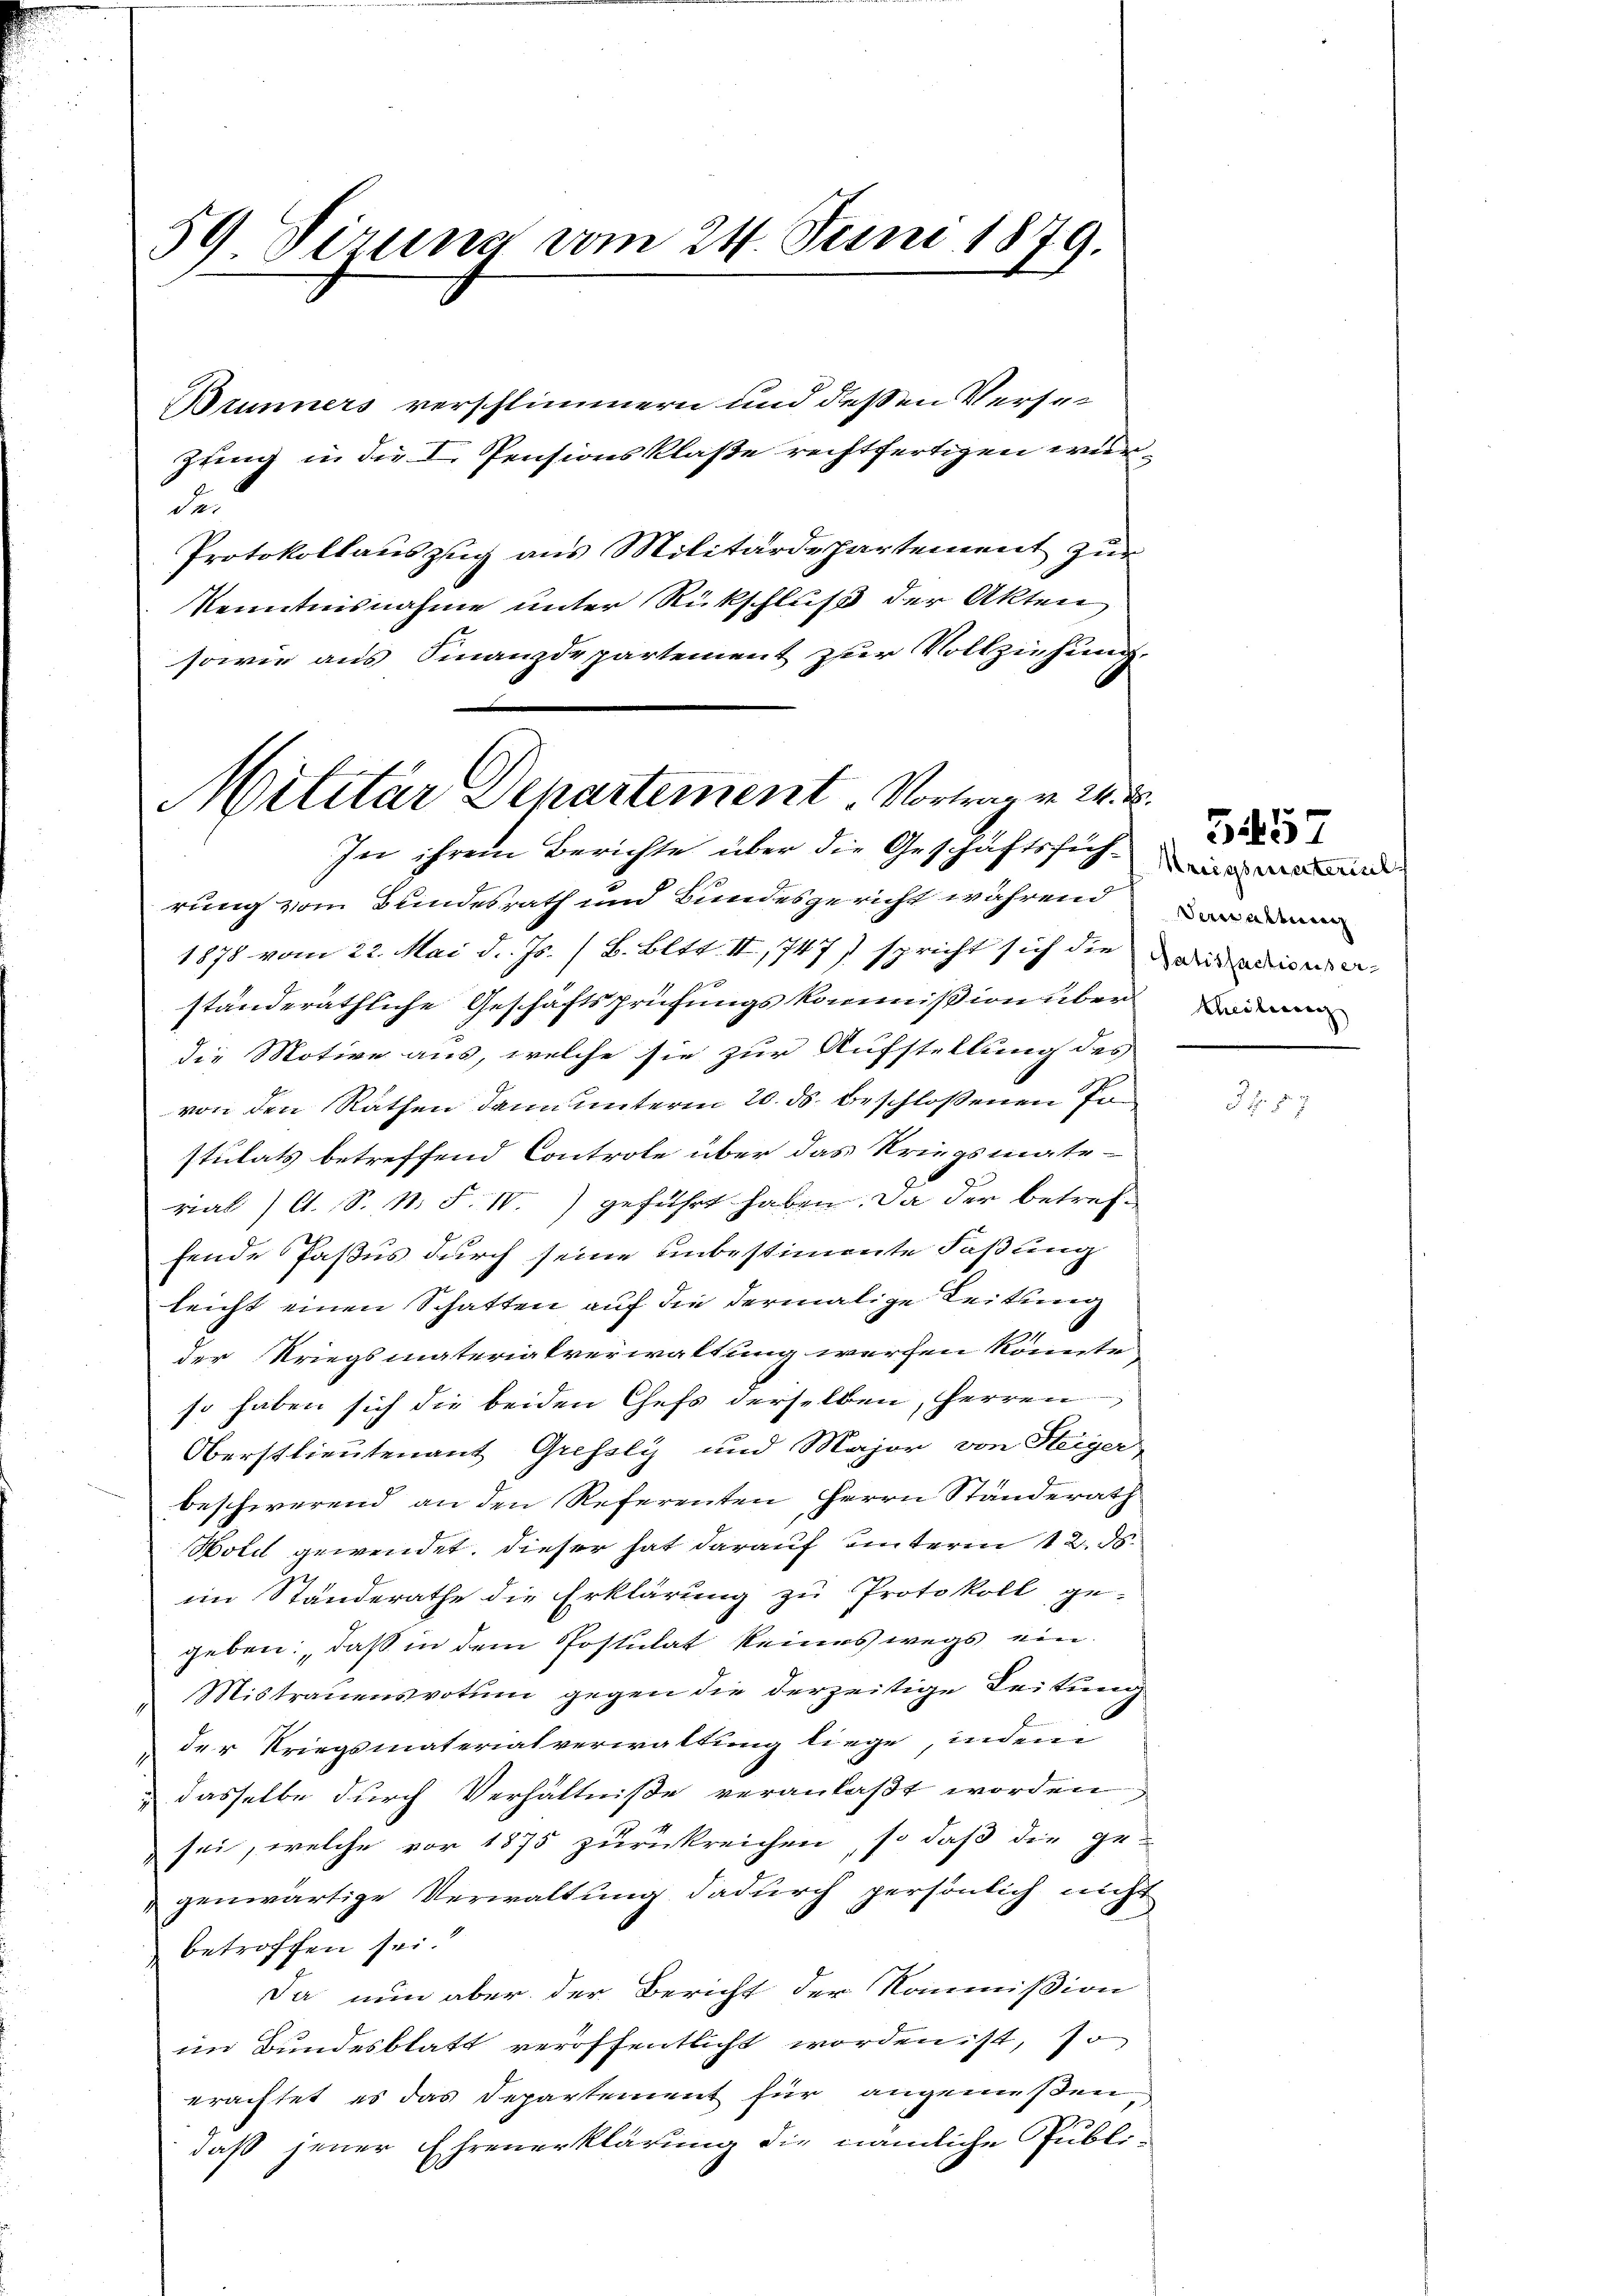
59 Sirung vom 24. Juni 1879.

Brunners verschlimmern und dessen Versei¬
Zwing in die I. Pensionsklaße rechtfertigen wur¬
Se.
Protokollauszug aus Militärdepartement zur
Kenntnisnahme unter Rückschluß der Akten
sowie aus Finanzdepartement zur Vollziehung.
rung vom Bundesrath und Bundesgericht während
1878 vom 22. Mai d. Js. / B. Bltt. II, 747) spricht sich die Marialisie
x
ständeräthliche Geschäftsprüfungskommißion über
die Motive aus, welche sie zur Aufstellung des
von den Rathen dann unterm 20. ds. beschlossenen Jostulats betreffend Controle über das Kriegsmate-
rial ) A. S. N. F. IV.) geführt haben. Da der betreffende Paßus durch seine unbestimmte Faßung
leicht einen Schatten auf die dermalige Leitung
der Kriegsmaterialverwaltung werfen könnte.
so haben sich die beiden Chefs derselben, Herren
Oberstlieutenant Grefsly und Major von Sterger-
beschwerend an den Referenten Herrn Standerath
Wold gewendet. Dieser hat darauf unterm 12. d.
im Standerathe die Erklärung zu Protokoll ge-
geben, daß in dem Postulat keines wegs ein¬
Mistrauensvotum gegen die derzeitige Leitung
 der Kriegsmaterialverwaltung liege, indem
dasselbe durch Verhältniße veranlaßt worden
sei, welche vor 1875 zurückreichen, so daß die ge-
genwärtige Verwaltung dadurch persönlich nicht
betroffen sei.
Da nun aber der Bericht der Kommißion
im Bundesblatt veröffentlicht worden ist, so
erachtet, es das Departement für angemeßen,
daß jener Ehrenerklärung die nämliche Publi¬

Militär Departement. Vortrag v. 24. 5.
In ihrem Berichte über die Geschäftsführend

Verwaltung

557